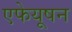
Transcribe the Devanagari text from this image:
एफेयूषन